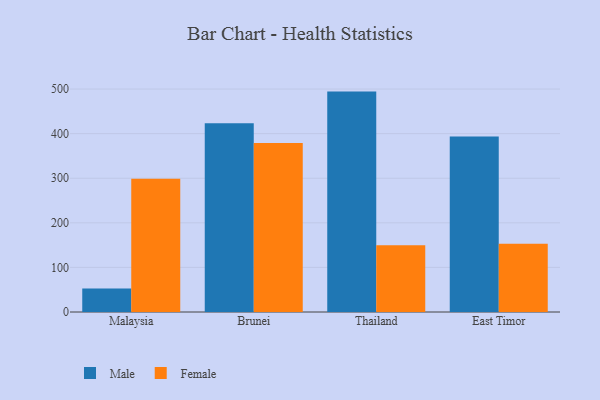
{"axis": {"x": "Country", "y": "Page Views"}, "legend": ["Female", "Male"], "data": [{"x": "Malaysia", "y": 52.7, "type": "Male"}, {"x": "Malaysia", "y": 299.0, "type": "Female"}, {"x": "Brunei", "y": 423.1, "type": "Male"}, {"x": "Brunei", "y": 379.0, "type": "Female"}, {"x": "Thailand", "y": 494.3, "type": "Male"}, {"x": "Thailand", "y": 149.8, "type": "Female"}, {"x": "East Timor", "y": 393.7, "type": "Male"}, {"x": "East Timor", "y": 153.2, "type": "Female"}]}